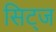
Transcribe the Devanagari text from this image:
सिट्ज